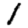
Digit: 1